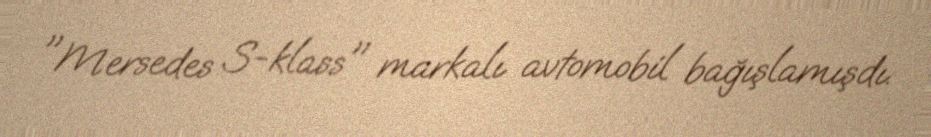
"Mersedes S-klass" markalı avtomobil bağışlamışdı.